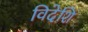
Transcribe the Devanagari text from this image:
विदेशि